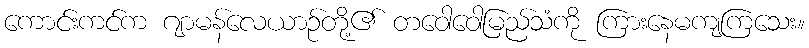
ကောင်းကင်က ဂျာမန်လေယာဉ်တို့၏ တဝေါဝေါမြည်သံကို ကြားနေမကျကြသေး။